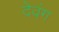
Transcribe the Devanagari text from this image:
देवंग